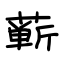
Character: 蕲